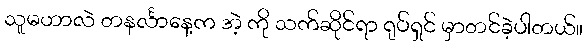
သူမဟာလဲ တနင်္လာနေ့က အဲ့ ကို သက်ဆိုင်ရာ ရုပ်ရှင် မှာတင်ခဲ့ပါတယ်။